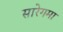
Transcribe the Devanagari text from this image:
सारेगमा